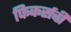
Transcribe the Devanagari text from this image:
फिकर्सची